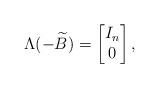
LaTeX: \begin{align*}\Lambda(-\widetilde{B})=\begin{bmatrix}I_n\\0\end{bmatrix},\end{align*}